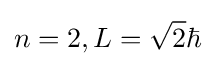
n=2,L={\sqrt {2}}\hbar